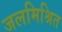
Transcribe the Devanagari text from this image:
जलमिश्रित